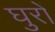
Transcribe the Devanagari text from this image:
घुरों